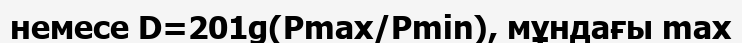
немесе D=201g(Pmax/Pmin), мұндағы max